Lunatic asylums Madras 1892-1911 - 1892-1911
Year: 1892
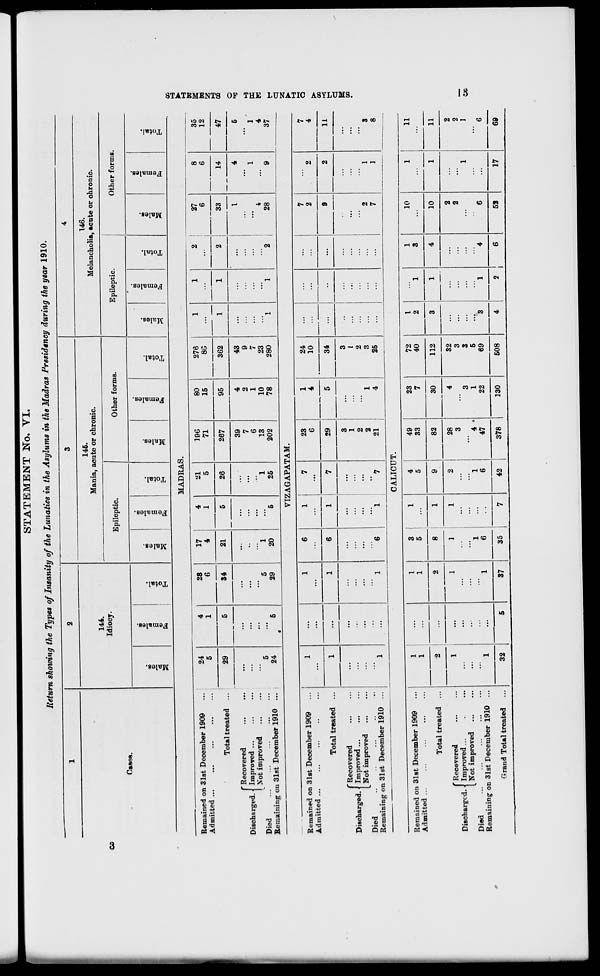
STATEMENT No. VI.
Return showing the Types of Insanity of the Lunatics in the Asylums in the Madras Presidency during the year 1910.
1
2
3
4
144.
Idiocy.
145.
Mania, acute or chronic.
146.
Melancholia, acute or ohronic.
BO
Casou.
Epileptic.
Other forms.
Epileptic.
Other forms.
■
D
3
Females.
3
43
o
EH
ID
00
0)
"3
g
5
3 o
EH
00
3
3
00
o
"3
S
5
EH
13
o
a
a>
"3
CO
O
3
S
V
Eq
"3 43
O
E-i
00
3
OS
S
3
a
4)
at
4a
C
MADRAS.
Remained on 31st December 1909
Admitted ...
Total treated
fRecovered
Discharged. | Improved ...
[ N'ot improved
Died
Remaining on 31st December 1910
24
4
28
17
4
21
196
80
276
1
1
2
27
8
35
5
1
6
4
1
5
71
15
8C
...
6
6
12
29
5
34
21
5
26
267
95
362
1
1
2
33
14
47
39
4
43
...
'
...
I
4
5
...
7
2
9
6
1
7
1
1
5
5
1
1
13
10
23
4
4
24
5
i
29
20
5
25
202
78
280
i
1
2
28
9
37
VIZAGAPATAM.
Remained on 31st December 1909
Admitted ...
1
...
1
6
1
7
23
6
1
4
24
10
...
...
...
7
2
2
7
4
Total treated ...
1
...
1
6
1
7
29
5
34
...
••
...
9
2
11
Discharged.
Died
Remaining o
'Recovered
Improved ...
Not improved
n 31st December 1910 ...
" 1
...
1
"6
1
" 1
3
1
2
2
21
1
4
3
I
2
3
25
...
...
' 2
7
1
1
3
8
CALICUT.
Remained on 31st December 1909
1
...
1
3
1
4
49
23
72
1
1
10
1
11
Admitted ...
1
...
1
5
5
33
7
40
2
1
3
...
...
Total treated ...
2
...
2
8
1
9
82
30
112
3
1
4
10
1
11
'Recovered
1
1
1
1
2
28
4
32
2
2
Discharged. Improved...
Not improved
...
...
...
...
...
3
3
3
3
...
...
2
1
2
1
Died
...
1
...
1
4 ■
1
5
...
...
...
Remaining on 31st December 1910 ...
1
...
1
6
...
6
47
22
69
3
1
4
6
...
6
G ran d Total treated
32
5
37
35
7
42
378
230
508
4
2
6
52
17
69
H
S
a
o
H
K
K
a
►
►
GQ
f
a
as
C»